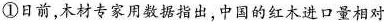
①日前，木材专家用数据指出，中国的红木进口量相对